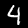
Digit: 4